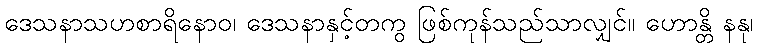
ဒေသနာသဟစာရိနောဝ၊ ဒေသနာနှင့်တကွ ဖြစ်ကုန်သည်သာလျှင်။ ဟောန္တိ နနု၊